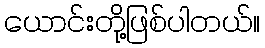
ယောင်းတို့ဖြစ်ပါတယ်။